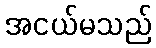
အငယ်မသည်